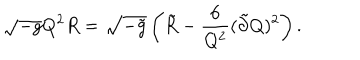
LaTeX: \sqrt { - g } Q ^ { 2 } R = \sqrt { - \tilde { g } } \left( \tilde { R } - \frac { 6 } { Q ^ { 2 } } ( \tilde { \partial } Q ) ^ { 2 } \right) .